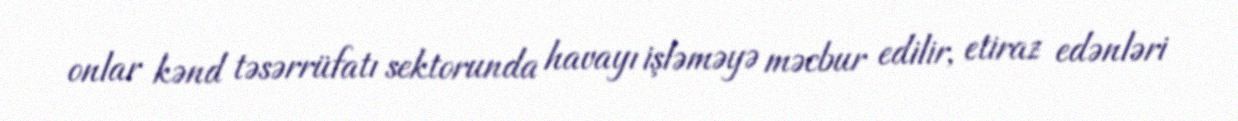
onlar kənd təsərrüfatı sektorunda havayı işləməyə məcbur edilir, etiraz edənləri